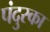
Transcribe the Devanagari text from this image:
पंदुरका